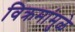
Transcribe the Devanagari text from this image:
विक्रमांमुळे